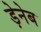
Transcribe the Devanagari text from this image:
ड़ेनेब